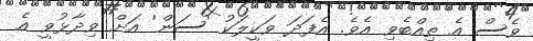
ވެސް އެ ތިއްބެވި އެވެ. އެފަދަ ވަކީލަކު 'ސަން' އަށް ވިދާޅުވީ އެ